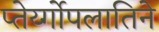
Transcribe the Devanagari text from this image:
प्तेर्य्गोपलातिने